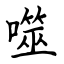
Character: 噬